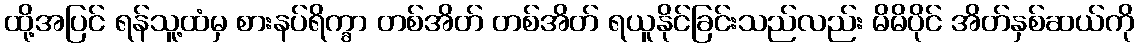
ထို့အပြင် ရန်သူ့ထံမှ စားနပ်ရိက္ခာ တစ်အိတ် တစ်အိတ် ရယူနိုင်ခြင်းသည်လည်း မိမိပိုင် အိတ်နှစ်ဆယ်ကို